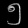
Digit: ၅